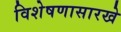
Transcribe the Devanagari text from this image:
विशेषणासारखे